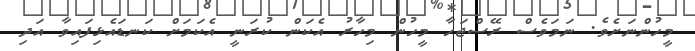
މީހުންނަށެވެ. ނަމަވެސް ރޭސްޖަހާ މީހުން މިހާރު އެކަން ކުރަނީ އެކަމަށް ކަނޑައެޅިފައިވާ އަދި